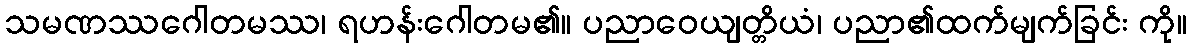
သမဏဿဂေါတမဿ၊ ရဟန်းဂေါတမ၏။ ပညာဝေယျတ္တိယံ၊ ပညာ၏ထက်မျက်ခြင်း ကို။